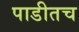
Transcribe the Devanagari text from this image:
पाडीतच